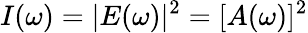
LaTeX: I(\omega)=|E(\omega)|^{2}=[A(\omega)]^{2}